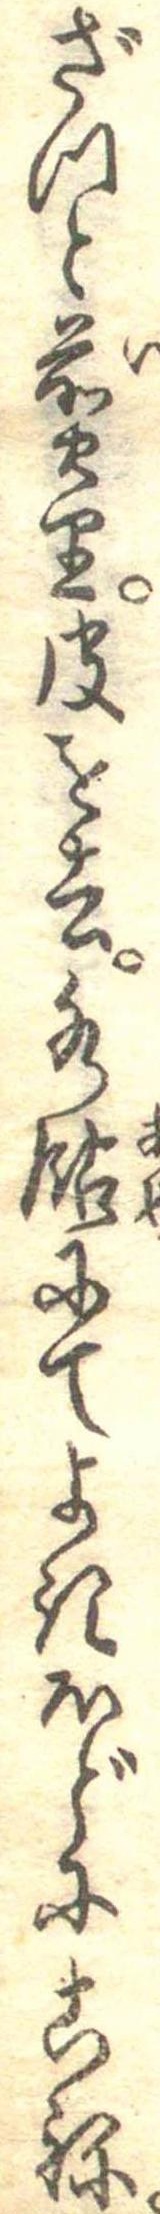
ざつと煎り皮を去水飴にてよきほどにこね